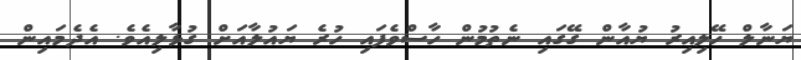
ޔަނާލް ހޭލިއިރު ޔުއާން ގޭގައި ނެތުމުން ހާސްވެފައި ހުރެ ޔައުލާއަށް ގުޅާލިއެވެ. އެދެމައިން